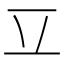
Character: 𰀆